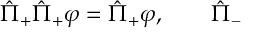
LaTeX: \hat { \Pi } _ { + } \hat { \Pi } _ { + } \varphi = \hat { \Pi } _ { + } \varphi , \qquad \hat { \Pi } _ { - }